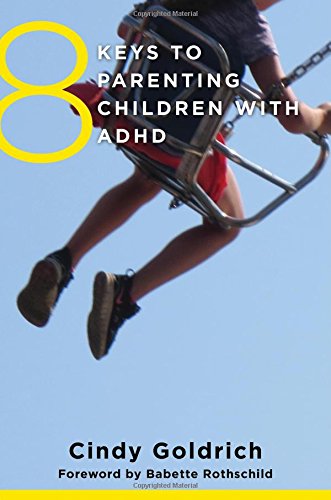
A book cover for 8 Keys to Parenting Children with ADHD (8 Keys to Mental Health); Cindy Goldrich MEd; Health, Fitness & Dieting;